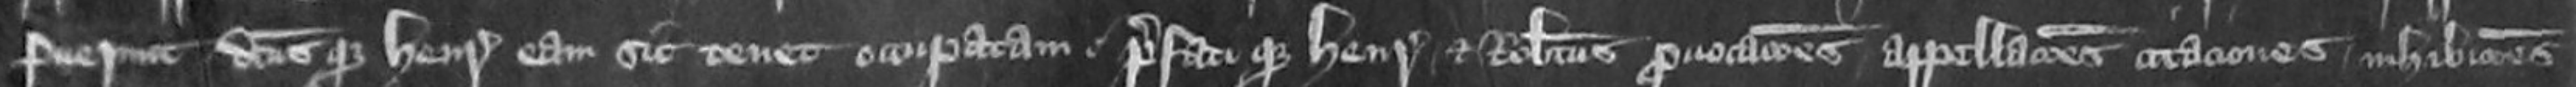
fuerunt dictus que Henricus eam sic tenet occupatam prefati que Henricus et Robertus provocationes appellaciones citationes inhibitiones